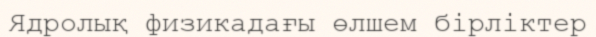
Ядролық физикадағы өлшем бірліктер